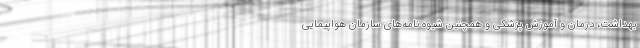
بهداشت، درمان و آموزش پزشکی و همچنین شیوه نامه‌های سازمان هواپیمایی